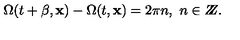
\Omega ( t + \beta , { \bf x } ) - \Omega ( t , { \bf x } ) = 2 \pi n , \ n \in Z \! \! \! Z .